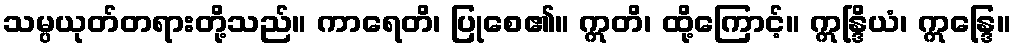
သမ္ပယုတ်တရားတို့သည်။ ကာရေတိ၊ ပြုစေ၏။ ဣတိ၊ ထို့ကြောင့်။ ဣန္ဒြိယံ၊ ဣန္ဒြေ။